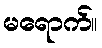
မရောက်။